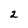
Character: 2